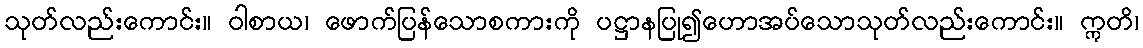
သုတ်လည်းကောင်း။ ဝါစာယ၊ ဖောက်ပြန်သောစကားကို ပဋ္ဌာနပြု၍ဟောအပ်သောသုတ်လည်းကောင်း။ ဣတိ၊